Annual administration report of the Civil Veterinary Department of India - 1907-1908
Year: 1907
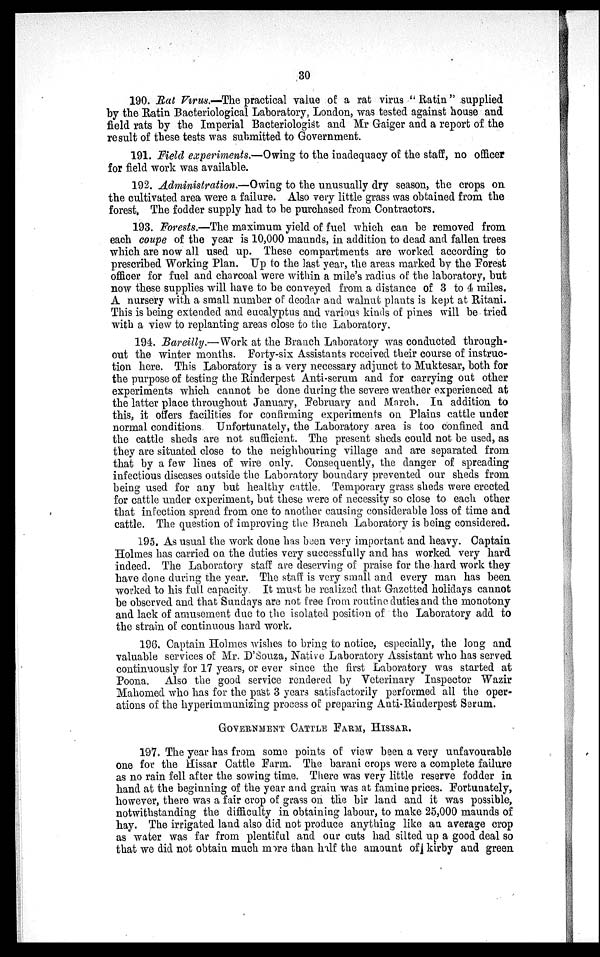
30
190. Rat Virus.—The practical value of a rat virus "Ratin" supplied
by the Ratin Bacteriological Laboratory, London, was tested against house and
field rats by the Imperial Bacteriologist and Mr Gaiger and a report of the
result of these tests was submitted to Government.
191. Field experiments.—Owing to the inadequacy of the staff, no officer
for field work was available.
192. Administration.—Owing to the unusually dry season, the crops on.
the cultivated area were a failure. Also very little grass was obtained from the
forest. The fodder supply had to be purchased from Contractors.
193. Forests.—The maximum yield of fuel which can be removed from
each coupe of the year is 10,000 maunds, in addition to dead and fallen trees
which are now all used up. These compartments are worked according to
prescribed Working Plan. Up to the last year, the areas marked by the Forest
officer for fuel and charcoal were within a mile's radius of the laboratory, but
now these supplies will have to be conveyed from a distance of 3 to 4 miles.
A nursery with a small number of deodar and walnut plants is kept at Ritani.
This is being extended and eucalyptus and various kinds of pines will be tried
with a view to replanting areas close to the Laboratory.
194. Bareilly.—Work at the Branch Laboratory was conducted through-
out the winter months. Forty-six Assistants received their course of instruc-
tion here. This Laboratory is a very necessary adjunct to Muktesar, both for
the purpose of testing the Rinderpest Anti-serum and for carrying out other
experiments which cannot be done during the severe weather experienced at
the latter place throughout January, February and March. In addition to
this, it offers facilities for confirming experiments on Plains cattle under
normal conditions. Unfortunately, the Laboratory area is too confined and
the cattle sheds are not sufficient. The present sheds could not be used, as
they are situated close to the neighbouring village and are separated from
that by a few lines of wire only. Consequently, the danger of spreading
infectious diseases outside the Laboratory boundary prevented our sheds from
being used for any but healthy cattle. Temporary grass sheds were erected
for cattle under experiment, but these were of necessity so close to each other
that infection spread from one to another causing considerable loss of time and
cattle. The question of improving the Branch Laboratory is being considered.
195. As usual the work done has been very important and heavy. Captain
Holmes has carried on the duties very successfully and has worked very hard
indeed. The Laboratory staff are deserving of praise for the hard work they
have done during the year. The staff is very small and every man has been
worked to his full capacity. It must be realized that Gazetted holidays cannot
be observed and that Sundays are not free from routine duties and the monotony
and lack of amusement due to the isolated position of the Laboratory add to
the strain of continuous hard work.
196. Captain Holmes wishes to bring to notice, especially, the long and
valuable services of Mr. D'Souza, Native Laboratory Assistant who has served
continuously for 17 years, or ever since the first Laboratory was started at
Poona. Also the good service rendered by Veterinary Inspector Wazir
Mahomed who has for the past 3 years satisfactorily performed all the oper-
ations of the hyperimmunizing process of preparing Anti-Rinderpest Serum.
GOVERNMENT CATTLE FARM, HISSAR.
197. The year has from some points of view been a very unfavourable
one for the Hissar Cattle Farm. The barani crops were a complete failure
as no rain fell after the sowing time. There was very little reserve fodder in
hand at the beginning of the year and grain was at famine prices. Fortunately,
however, there was a fair crop of grass on the bir land and it was possible,
notwithstanding the difficulty in obtaining labour, to make 25,000 maunds of
hay. The irrigated land also did not produce anything like an average crop
as water was far from plentiful and our cuts had silted up a good deal so
that we did not obtain much more than half the amount of kirby and green